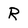
Character: R